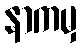
နာကမှ